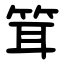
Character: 䇯